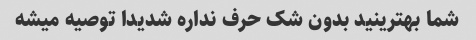
شما بهترینید بدون شک حرف نداره شدیدا توصیه میشه